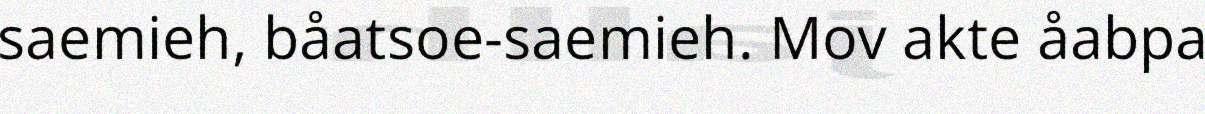
saemieh, båatsoe-saemieh. Mov akte åabpa